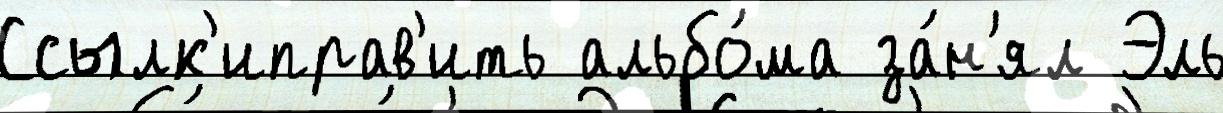
Ссылк'иправ'ить альбо́ма за́н'ял Эль